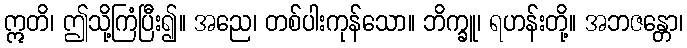
ဣတိ၊ ဤသို့ကြံပြီး၍။ အညေ၊ တစ်ပါးကုန်သော။ ဘိက္ခူ၊ ရဟန်းတို့။ အဘဇန္တော၊